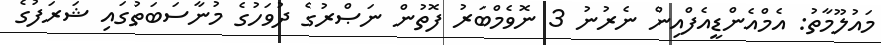
މައުލޫމާތު: އެމްއެންޑީއެފްއިން ނެރުނު 3 ނޮވެމްބަރު ފޮތުން ނަޞްރުގެ ދުވަހުގެ މުނާސަބަތުގައި ޝަރަފުގެ